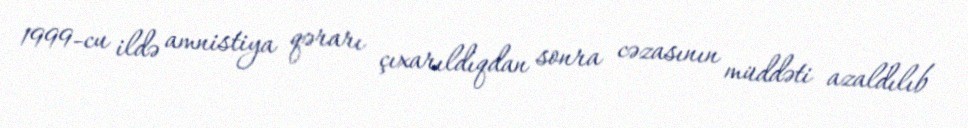
1999-cu ildə amnistiya qərarı çıxarıldıqdan sonra cəzasının müddəti azaldılıb